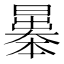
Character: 曓